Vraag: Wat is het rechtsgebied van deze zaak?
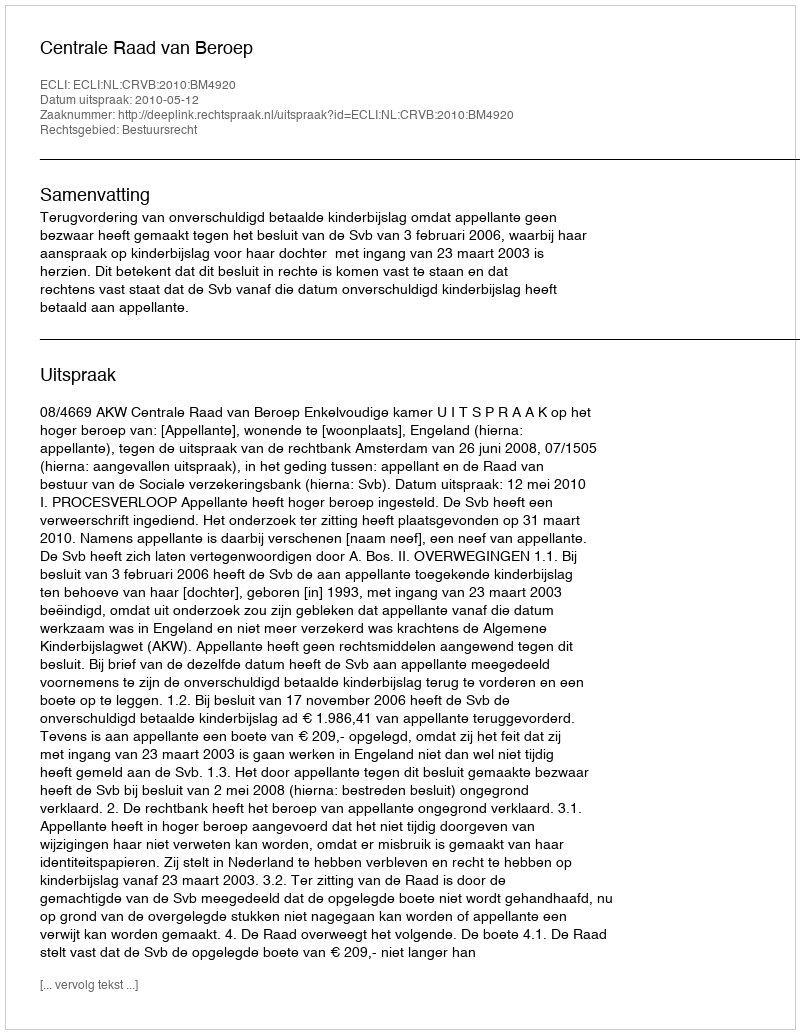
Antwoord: Bestuursrecht